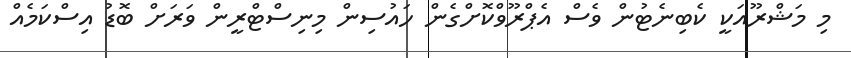
މި މަޝްރޫއަކީ ކެބިނެޓުން ވެސް އެޕްރޫވްކޮށްގެން ހައުސިން މިނިސްޓްރީން ވަރަށް ބޮޑު އިސްކަމެއް